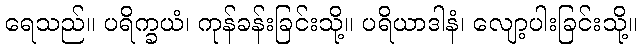
ရေသည်။ ပရိက္ခယံ၊ ကုန်ခန်းခြင်းသို့။ ပရိယာဒါနံ၊ လျော့ပါးခြင်းသို့။